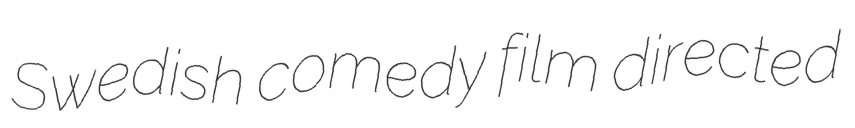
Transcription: Swedish comedy film directed